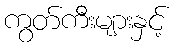
ကွတ်ကီးများနှင့်